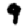
Digit: 9